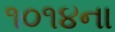
૧૦૧૪ના